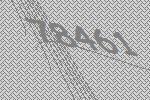
78461